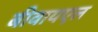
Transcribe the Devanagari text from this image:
बीवायएल